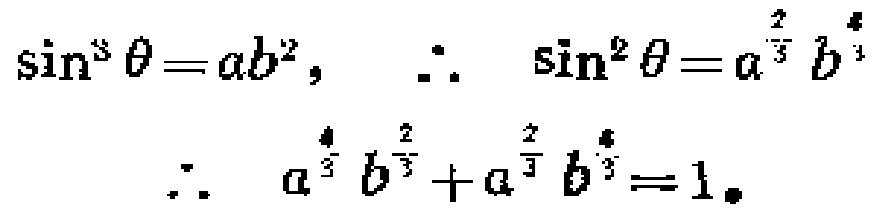
\(\sin^{3} \theta = ab^{2},\ \therefore\ \sin^{2} \theta = a^{\frac{2}{3}}b^{\frac{4}{3}}\)
\(\therefore\ a^{\frac{4}{3}}b^{\frac{2}{3}}+a^{\frac{2}{3}}b^{\frac{4}{3}} = 1\)